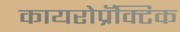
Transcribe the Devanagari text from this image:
कायरोप्रॅक्टिक